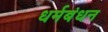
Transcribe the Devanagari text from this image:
धर्मबंधन